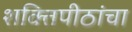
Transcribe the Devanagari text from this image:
शक्तिपीठांचा